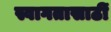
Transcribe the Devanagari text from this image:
स्वागतासाठीं